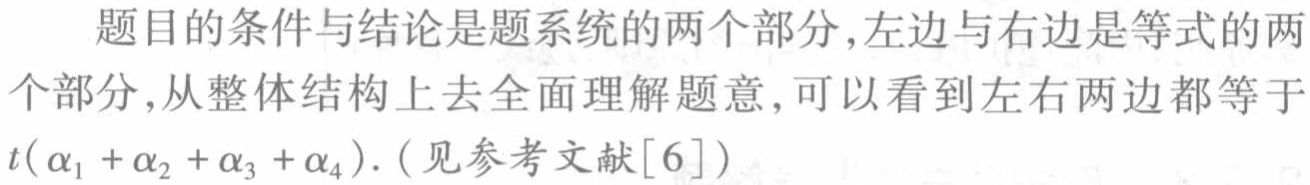
题目的条件与结论是题系统的两个部分,左边与右边是等式的两个部分,从整体结构上去全面理解题意,可以看到左右两边都等于\(t(\alpha_1 + \alpha_2 + \alpha_3 + \alpha_4)\).（见参考文献[6]）